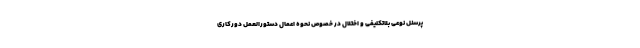
پرسنل نوعی بلاتکلیفی و اختلال در خصوص نحوه اعمال دستورالعمل دورکاری